Madras plague regulations in force outside the Presidency town - Volume 1
Disease focus: Plague
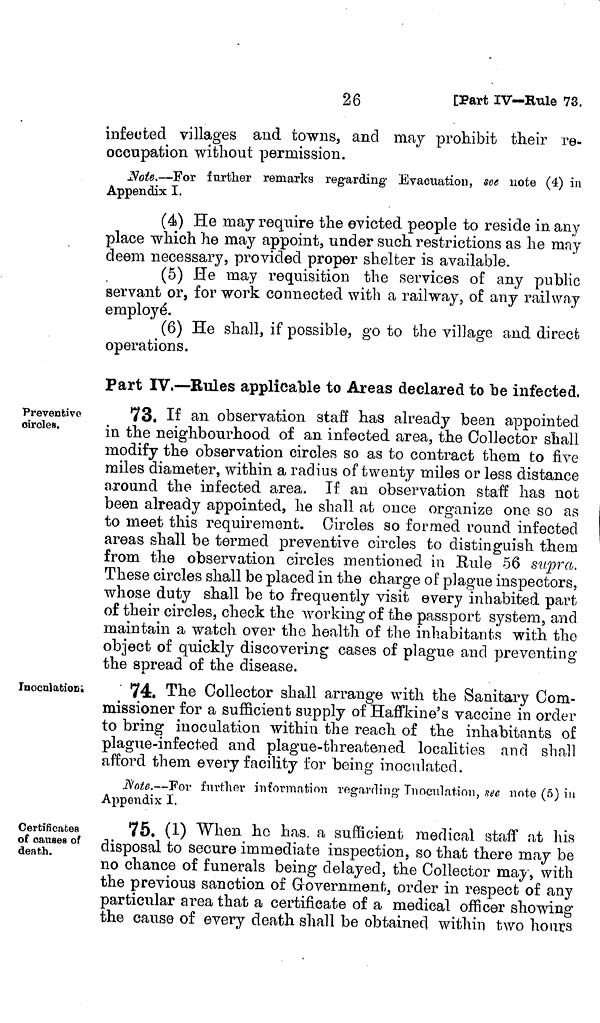
26
[Part IV—Rule 73.
infected villages and towns, and may prohibit their re-
occupation without permission.
Note.—For further remarks regarding Evacuation, see note (4) in
Appendix I.
(4) He may require the evicted people to reside in any
place which he may appoint, under such restrictions as he may
deem necessary, provided proper shelter is available.
(5) He may requisition the services of any public
servant or, for work connected with a railway, of any railway
employé.
(6) He shall, if possible, go to the village and direct
operations.
Part IV.—Rules applicable to Areas declared to be infected,
Preventive
circles.
73. If an observation staff has already been appointed
in the neighbourhood of an infected area, the Collector shall
modify the observation circles so as to contract them to five
miles diameter, within a radius of twenty miles or less distance
around the infected area. If an observation staff has not
been already appointed, he shall at once organize one so as
to meet this requirement. Circles so formed round infected
areas shall be termed preventive circles to distinguish them
from the observation circles mentioned in Rule 56 supra.
These circles shall be placed in the charge of plague inspectors,
whose duty shall be to frequently visit every inhabited part
of their circles, check the working of the passport system, and
maintain a watch over the health of the inhabitants with the
object of quickly discovering cases of plague and preventing
the spread of the disease.
Inocnlafcion;
74. The Collector shall arrange with the Sanitary Com-
missioner for a sufficient supply of Haffkine's vaccine in order
to bring inoculation within the reach of the inhabitants of
plague-infected and plague-threatened localities and shall
afford them every facility for being inoculated.
Note.—For further information regarding- Inoculation, see note (5) in
Appendix I.
Certficates
of causes of
death.
75. (1) When he has. a sufficient medical staff at his
disposal to secure immediate inspection, so that there may be
no chance of funerals being delayed, the Collector may, with
the previous sanction of Government, order in respect of any
particular area that a certificate of a medical officer showing
the cause of every death shall be obtained within two hours